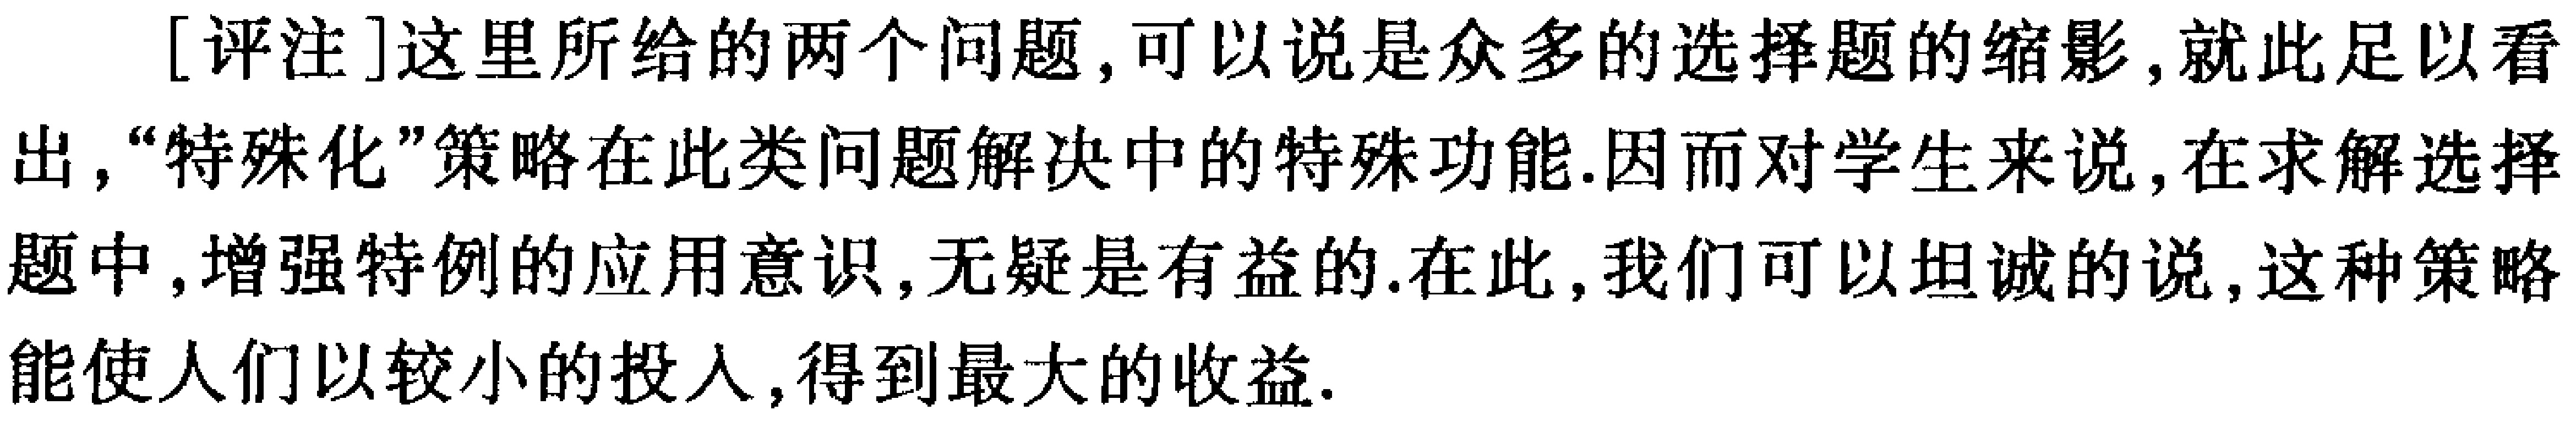
[评注]这里所给的两个问题,可以说是众多的选择题的缩影,就此足以看出,“特殊化”策略在此类问题解决中的特殊功能.因而对学生来说,在求解选择题中,增强特例的应用意识,无疑是有益的.在此,我们可以坦诚的说,这种策略能使人们以较小的投入,得到最大的收益.